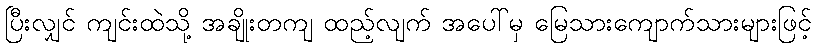
ပြီးလျှင် ကျင်းထဲသို့ အချိုးတကျ ထည့်လျက် အပေါ်မှ မြေသားကျောက်သားများဖြင့်